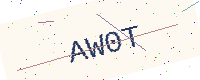
Text: AW0T